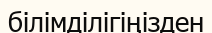
білімділігіңізден